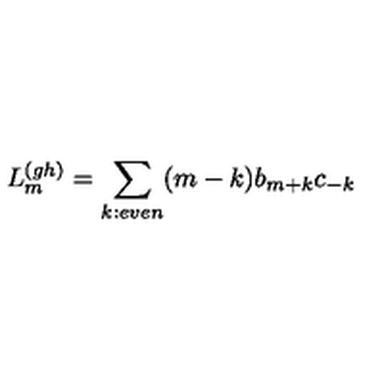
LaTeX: L _ { m } ^ { ( g h ) } = \sum _ { k : e v e n } ( m - k ) b _ { m + k } c _ { - k }